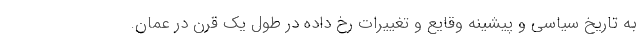
به تاريخ سياسي و پيشينه وقايع و تغييرات رخ داده در طول يك قرن در عمان.